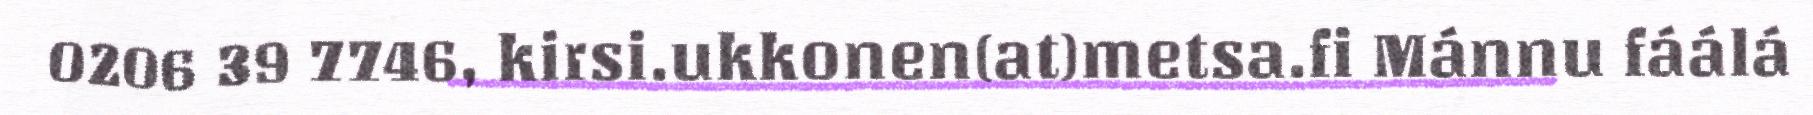
0206 39 7746, kirsi.ukkonen(at)metsa.fi Mánnu fáálá